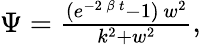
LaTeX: \begin{array}{r}{\Psi=\frac{({e}^{-2\, \beta\, t}-1)\, {w}^{2}}{{k}^{2}+{w}^{2}},}\end{array}